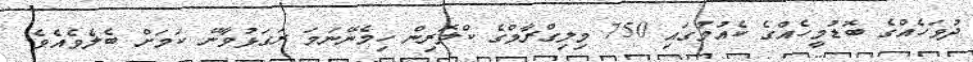
ދުވަހެއްގެ ބޮޑުމީހެއްގެ ކެއުމުގައި 750 މިލިގްރާމްގެ ކްލޮރިން ހިމެނޭނަމަ ރަގަޅުވާނޭ ކަމަށް ބެލެވެއެވެ.